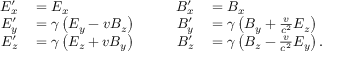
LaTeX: \begin{array} { r l r l } { E _ { x } ^ { \prime } } & { { } = E _ { x } } & { \qquad B _ { x } ^ { \prime } } & { { } = B _ { x } } \\ { E _ { y } ^ { \prime } } & { { } = \gamma \left( E _ { y } - v B _ { z } \right) } & { B _ { y } ^ { \prime } } & { { } = \gamma \left( B _ { y } + { \frac { v } { c ^ { 2 } } } E _ { z } \right) } \\ { E _ { z } ^ { \prime } } & { { } = \gamma \left( E _ { z } + v B _ { y } \right) } & { B _ { z } ^ { \prime } } & { { } = \gamma \left( B _ { z } - { \frac { v } { c ^ { 2 } } } E _ { y } \right) . } \end{array}